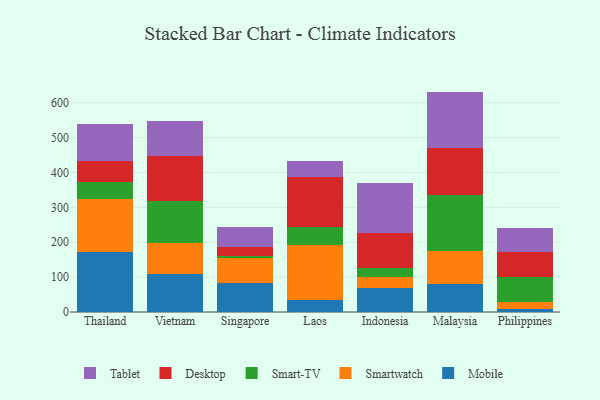
{"axis": {"x": "Country", "y": "Gross Profit (USD K)"}, "legend": ["Desktop", "Mobile", "Smart-TV", "Smartwatch", "Tablet"], "data": [{"x": "Thailand", "y": 171.1, "type": "Mobile"}, {"x": "Thailand", "y": 153.3, "type": "Smartwatch"}, {"x": "Thailand", "y": 49.5, "type": "Smart-TV"}, {"x": "Thailand", "y": 59.2, "type": "Desktop"}, {"x": "Thailand", "y": 105.0, "type": "Tablet"}, {"x": "Vietnam", "y": 108.9, "type": "Mobile"}, {"x": "Vietnam", "y": 89.9, "type": "Smartwatch"}, {"x": "Vietnam", "y": 118.5, "type": "Smart-TV"}, {"x": "Vietnam", "y": 128.7, "type": "Desktop"}, {"x": "Vietnam", "y": 100.5, "type": "Tablet"}, {"x": "Singapore", "y": 84.3, "type": "Mobile"}, {"x": "Singapore", "y": 71.4, "type": "Smartwatch"}, {"x": "Singapore", "y": 6.1, "type": "Smart-TV"}, {"x": "Singapore", "y": 23.7, "type": "Desktop"}, {"x": "Singapore", "y": 57.7, "type": "Tablet"}, {"x": "Laos", "y": 33.4, "type": "Mobile"}, {"x": "Laos", "y": 159.9, "type": "Smartwatch"}, {"x": "Laos", "y": 50.2, "type": "Smart-TV"}, {"x": "Laos", "y": 144.1, "type": "Desktop"}, {"x": "Laos", "y": 45.7, "type": "Tablet"}, {"x": "Indonesia", "y": 68.4, "type": "Mobile"}, {"x": "Indonesia", "y": 31.4, "type": "Smartwatch"}, {"x": "Indonesia", "y": 25.6, "type": "Smart-TV"}, {"x": "Indonesia", "y": 100.3, "type": "Desktop"}, {"x": "Indonesia", "y": 144.9, "type": "Tablet"}, {"x": "Malaysia", "y": 79.4, "type": "Mobile"}, {"x": "Malaysia", "y": 94.8, "type": "Smartwatch"}, {"x": "Malaysia", "y": 162.6, "type": "Smart-TV"}, {"x": "Malaysia", "y": 133.9, "type": "Desktop"}, {"x": "Malaysia", "y": 161.3, "type": "Tablet"}, {"x": "Philippines", "y": 9.4, "type": "Mobile"}, {"x": "Philippines", "y": 19.9, "type": "Smartwatch"}, {"x": "Philippines", "y": 69.8, "type": "Smart-TV"}, {"x": "Philippines", "y": 73.8, "type": "Desktop"}, {"x": "Philippines", "y": 68.6, "type": "Tablet"}]}